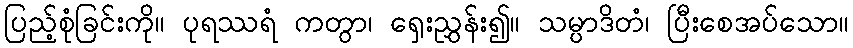
ပြည့်စုံခြင်းကို။ ပုရဿရံ ကတွာ၊ ရှေးညွှန်း၍။ သမ္ပာဒိတံ၊ ပြီးစေအပ်သော။